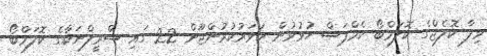
ވިލާ ކޮލެޖްގެ ކޮލަމްބޯ ކެމްޕަސް ހުޅުވުން ކަވަރުކުރުންޖޫން 22 ގައި ސްރީލްނަކާގެ ކޮލަމްބޯ